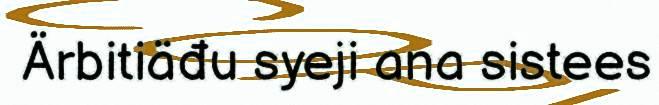
Ärbitiäđu syeji ana sistees